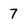
Character: 7